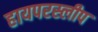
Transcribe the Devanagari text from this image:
हायपरस्लीप